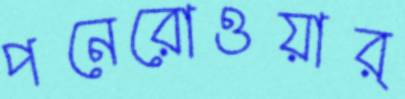
পনেরোওয়ার্